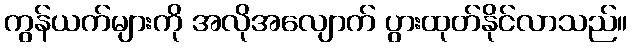
ကွန်ယက်များကို အလိုအလျောက် ပွားထုတ်နိုင်လာသည်။